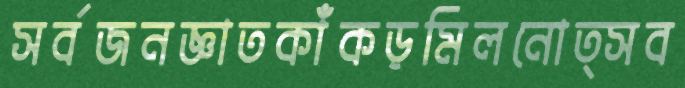
সর্বজনজ্ঞাতকাঁকড়মিলনোত্সব